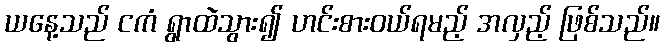
ယနေ့သည် ငကံ ရွာထဲသွား၍ ဟင်းစားဝယ်ရမည့် အလှည့် ဖြစ်သည်။